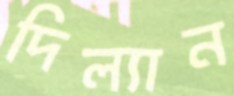
দিল্যান